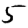
Digit: 5